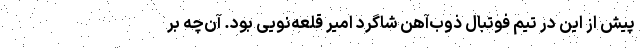
پیش از این در تیم فوتبال ذوب‌آهن شاگرد امیر قلعه‌نویی بود. آن‌چه بر